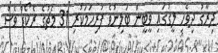
ދިރާގު ދިވެހި ލީގުގައި ވީބީން ބަލިނުވެ ފުރިހަމަކުރި 31 މެޗުގެ ރެކޯޑް ވެސް